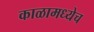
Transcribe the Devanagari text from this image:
काळामध्येच